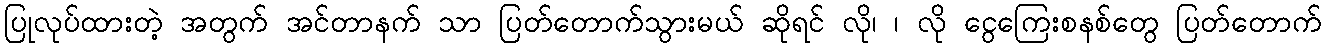
ပြုလုပ်ထားတဲ့ အတွက် အင်တာနက် သာ ပြတ်တောက်သွားမယ် ဆိုရင် လို၊ ၊ လို ငွေကြေးစနစ်တွေ ပြတ်တောက်